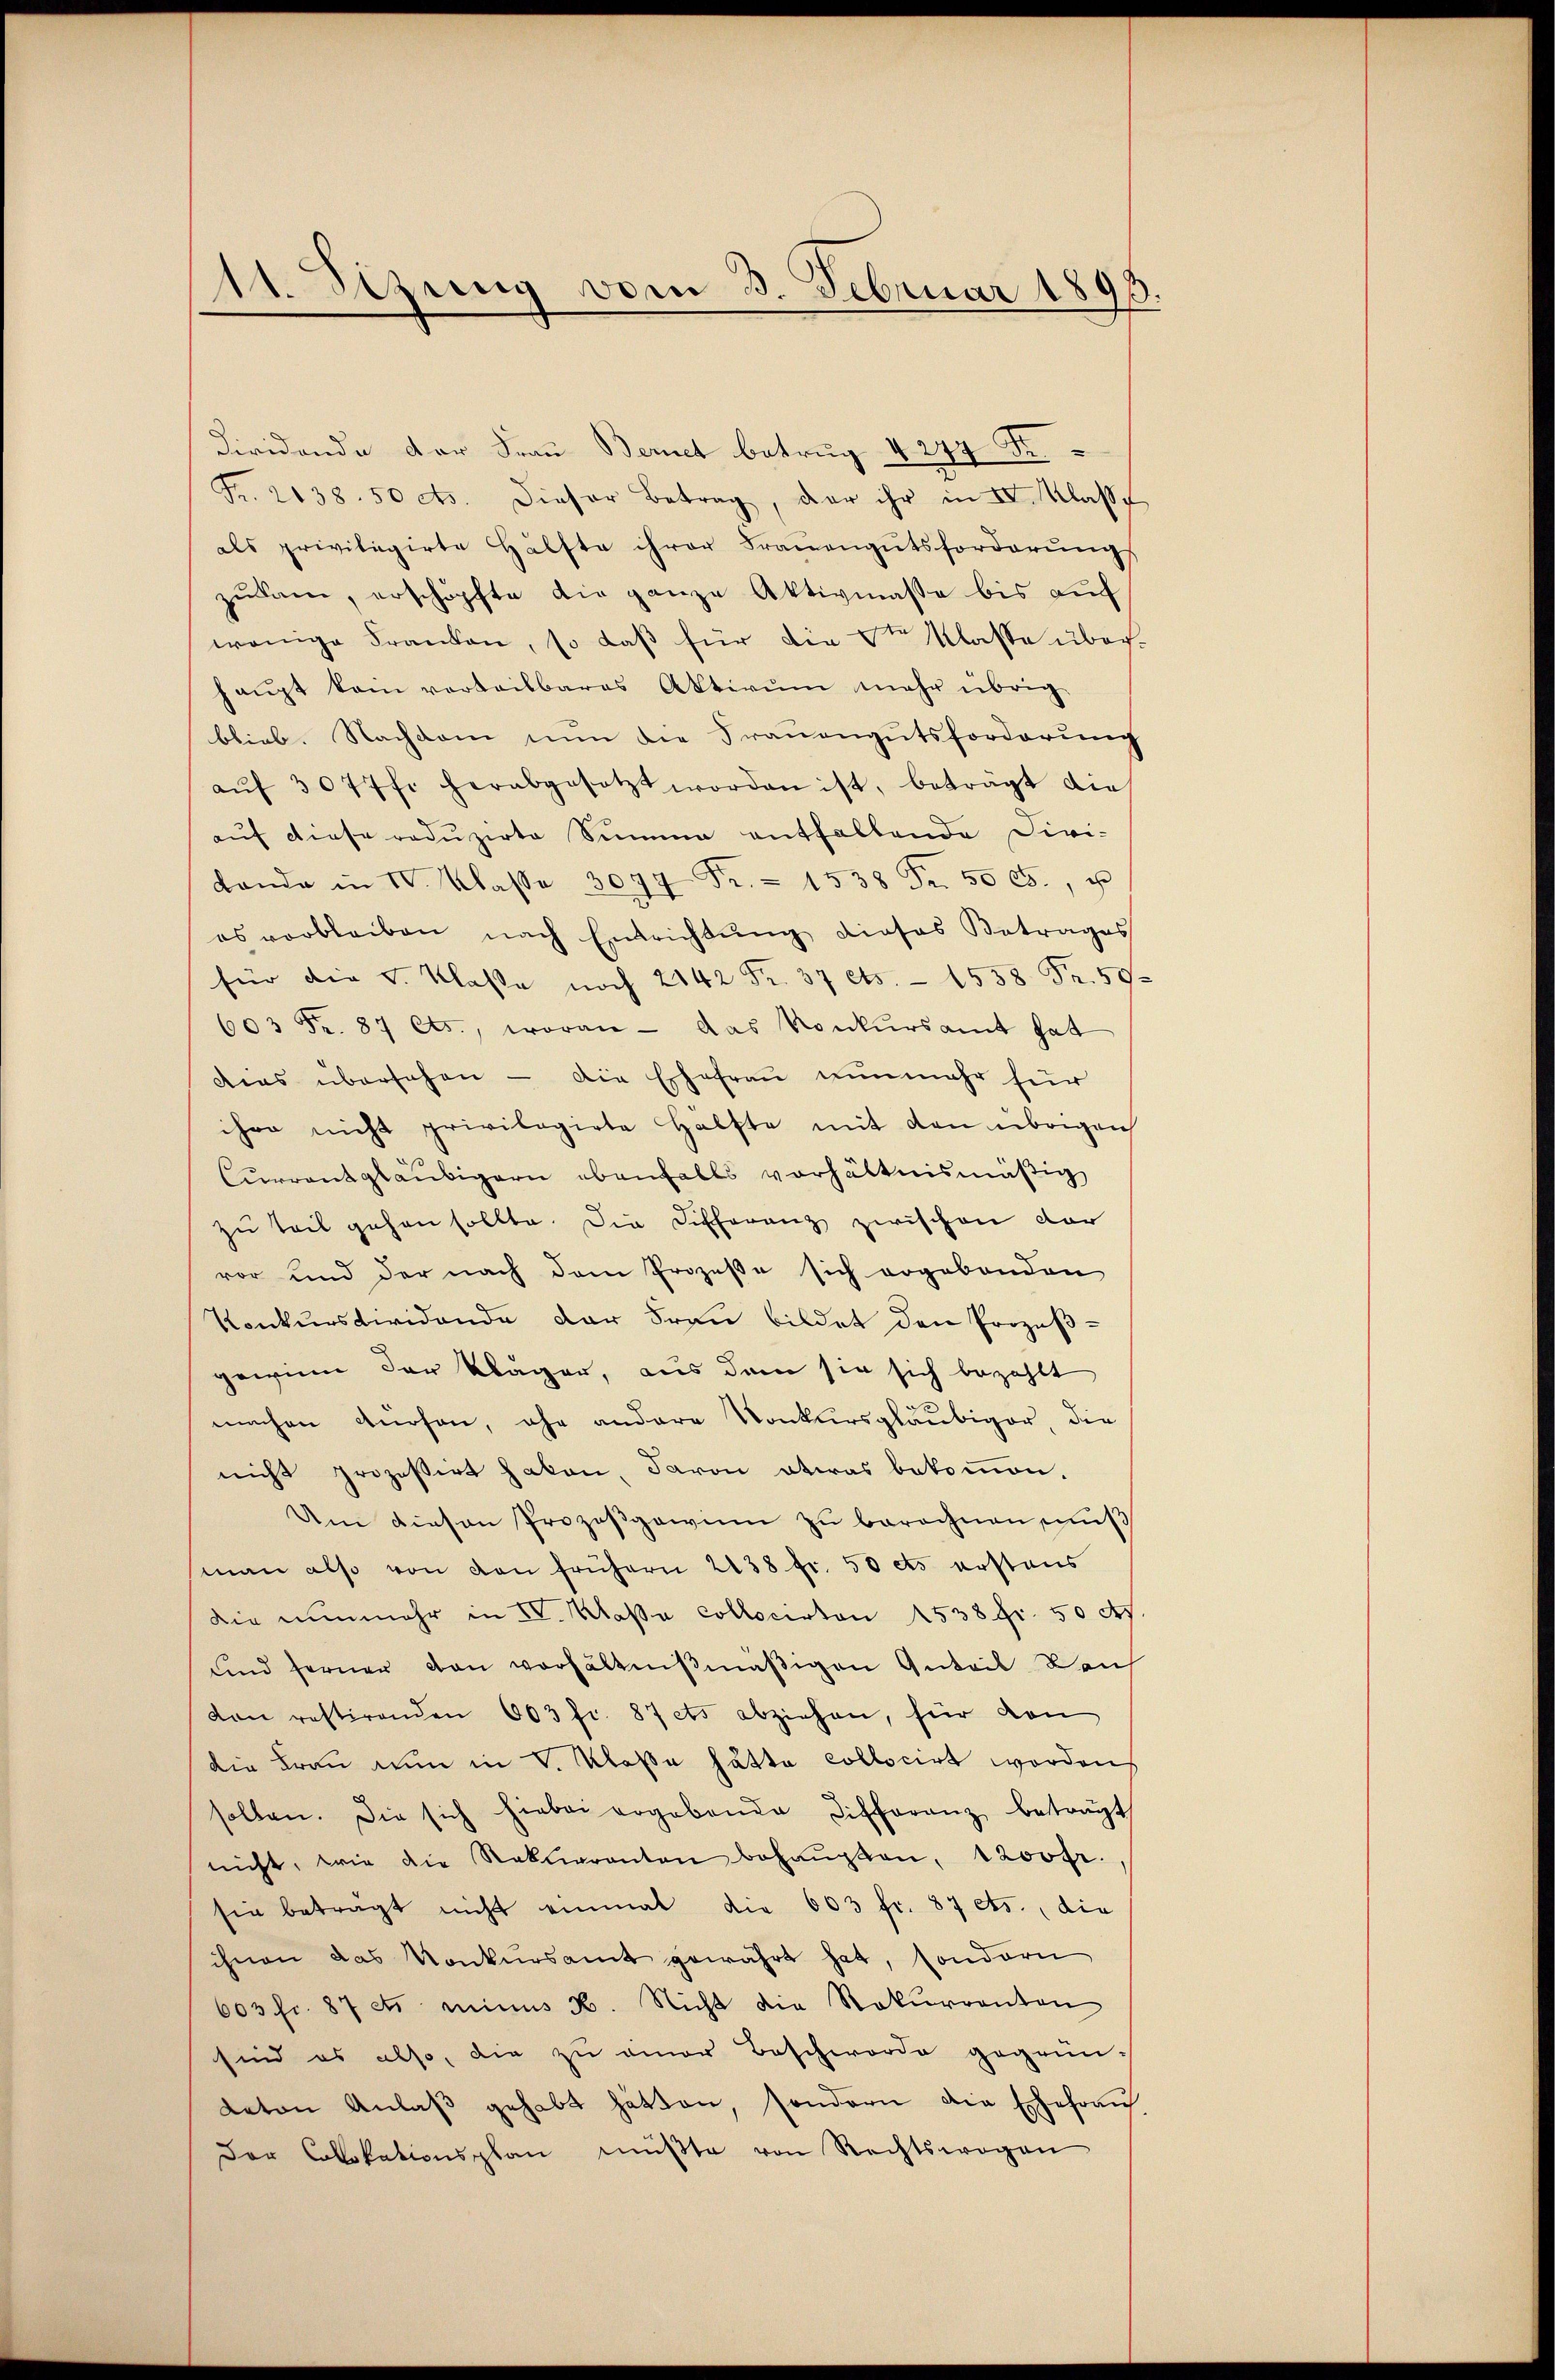
Stzung vom 3. Februar 1893.
.
1

Diridende der Frau Bernet betrug 4 249 Fr.
Fr. 2438. 50 ds. dieser Betrag, der ihr in IV. Klass
als privilegirte Hälfte ihrer Frauengutsforderŭng
zukam, erschöpfte die ganze Aktivmasse bis auf
wenige Franken, so daß für die Stern Klasse über
haŭpt kam vorteilbares Aktivum mehr übrig
blieb. Nachdem nun die Frauengutsforderung
aŭf 3077 fr. herabgesetzt worden ist, beträgt die
auf diese reduzirte Summe entfallende Divi-
Landa in IV. Klasse 3077 Fr. 1538 Fr. 50 l., u
es verbleiben nach Entrichtŭng dieses Betrages
für die v. Klasse noch 2142 Fr. 37 ets. - 1538 Fr. 50.
603 Fr. 87 Cts., woran - das Konkŭrsamt hat
deas übersehen - die Ehefrau nunmehr für
ihre nicht privilegirte Hälfte mit den übrigen
Currentgläubigern ebenfalls verhältnismäßig
zu teil gehen sollte. Die Differenz zwischen dar
vor und der nach dem Prozeße sich ergebenden
Konkursdividende der Frau bildet den Prozeßgewinn der Kläger, aus dem sie sich bezahlt
machen dürfen, ehe andere Konkursgläubiger, die
nicht prozessirt haben, davon etwas bekommen.
Um diesen Prozeßgewinn zu berechnen muß
man also von den frühern 2138 fr. 50 es erstens
Die nunmehr in IV. Klaßa collocirten 1538 Fr. 50 Rp.
und ferner von verhältnißmäßigen Anteil Kauf
von restirenden 603 fr. 87 ets abziehen, für den
die Frau nun in V. Klaße hätte collocirt worden,
sollen. Die sich hiebei ergebende Differenz beträgt
nicht, wie die Rekuranton behaŭpten, 1200 fr.
sie betragt nicht einmal die 603 fr. 87 ets., die
ihnen das Konkŭrsamt gewährt hat, sondern
603 fr. 87 et minus B. Nicht die Rekurrenten
sind es also, die zu einer Beschwerde gegrün-
Laton Anlaβ gehabt hätten, sondern die Ehefrau
der Collokationsplan mŭβte von Rechtswegen